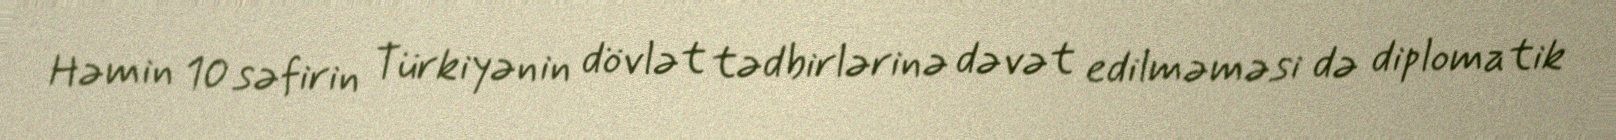
Həmin 10 səfirin Türkiyənin dövlət tədbirlərinə dəvət edilməməsi də diplomatik